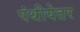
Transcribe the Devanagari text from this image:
पंथीयेतर